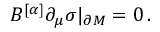
{ \cal B } ^ { [ \alpha ] } \partial _ { \mu } \sigma | _ { \partial M } = 0 \, .